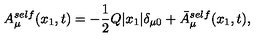
A _ { \mu } ^ { s e l f } ( x _ { 1 } , t ) = - \frac { 1 } { 2 } Q | x _ { 1 } | { \delta } _ { { \mu } 0 } + \bar { A } _ { \mu } ^ { s e l f } ( x _ { 1 } , t ) ,